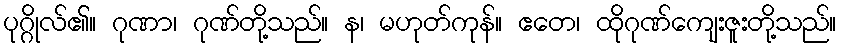
ပုဂ္ဂိုလ်၏။ ဂုဏာ၊ ဂုဏ်တို့သည်။ န၊ မဟုတ်ကုန်။ ဧတေ၊ ထိုဂုဏ်ကျေးဇူးတို့သည်။